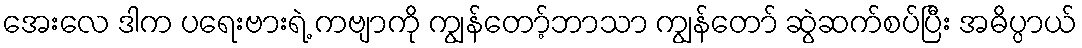
အေးလေ ဒါက ပရေးဗားရဲ့ ကဗျာကို ကျွန်တော့်ဘာသာ ကျွန်တော် ဆွဲဆက်စပ်ပြီး အဓိပ္ပာယ်